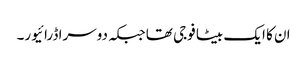
ان کا ایک بیٹا فوجی تھا جبکہ دوسرا ڈرائیور۔